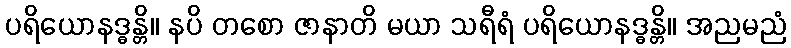
ပရိယောနဒ္ဓန္တိ။ နပိ တစော ဇာနာတိ မယာ သရီရံ ပရိယောနဒ္ဓန္တိ။ အညမညံ